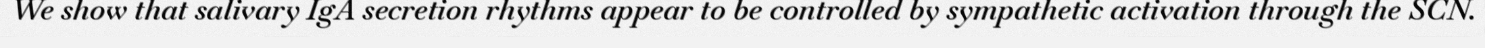
We show that salivary IgA secretion rhythms appear to be controlled by sympathetic activation through the SCN.